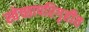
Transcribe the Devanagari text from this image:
स्वेच्छापरिगृहीत